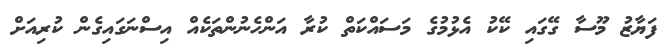
ފަޔާޒު މޫސާ ގޭގައި ކޭކު އެޅުމުގެ މަސައްކަތް ކުރާ އަންހެނުންތަކެއް އިސްނަގައިގެން ކުރިއަށް